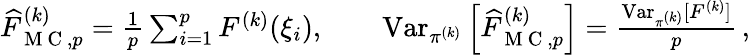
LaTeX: \begin{array}{r}{\widehat{F}_{\mathrm{~M~C~},p}^{(k)}=\frac{1}{p}\sum_{i=1}^{p}F^{(k)}(\xi_{i}),\qquad\operatorname{Var}_{\pi^{(k)}}\left[\widehat{F}_{\mathrm{~M~C~},p}^{(k)}\right]=\frac{\operatorname{Var}_{\pi^{(k)}}[F^{(k)}]}{p}\, ,}\end{array}